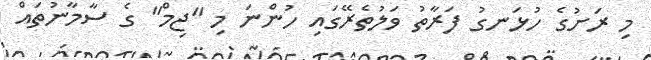
މި ރަށުގެ ހުޅަނގު ފަރާތު ވަލުތެރޭގައި ހުންނަ މި "ޖިމް" ގެ ސާމާނުތައް